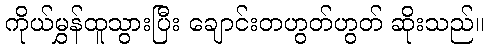
ကိုယ်မွှန်ထူသွားပြီး ချောင်းတဟွတ်ဟွတ် ဆိုးသည်။